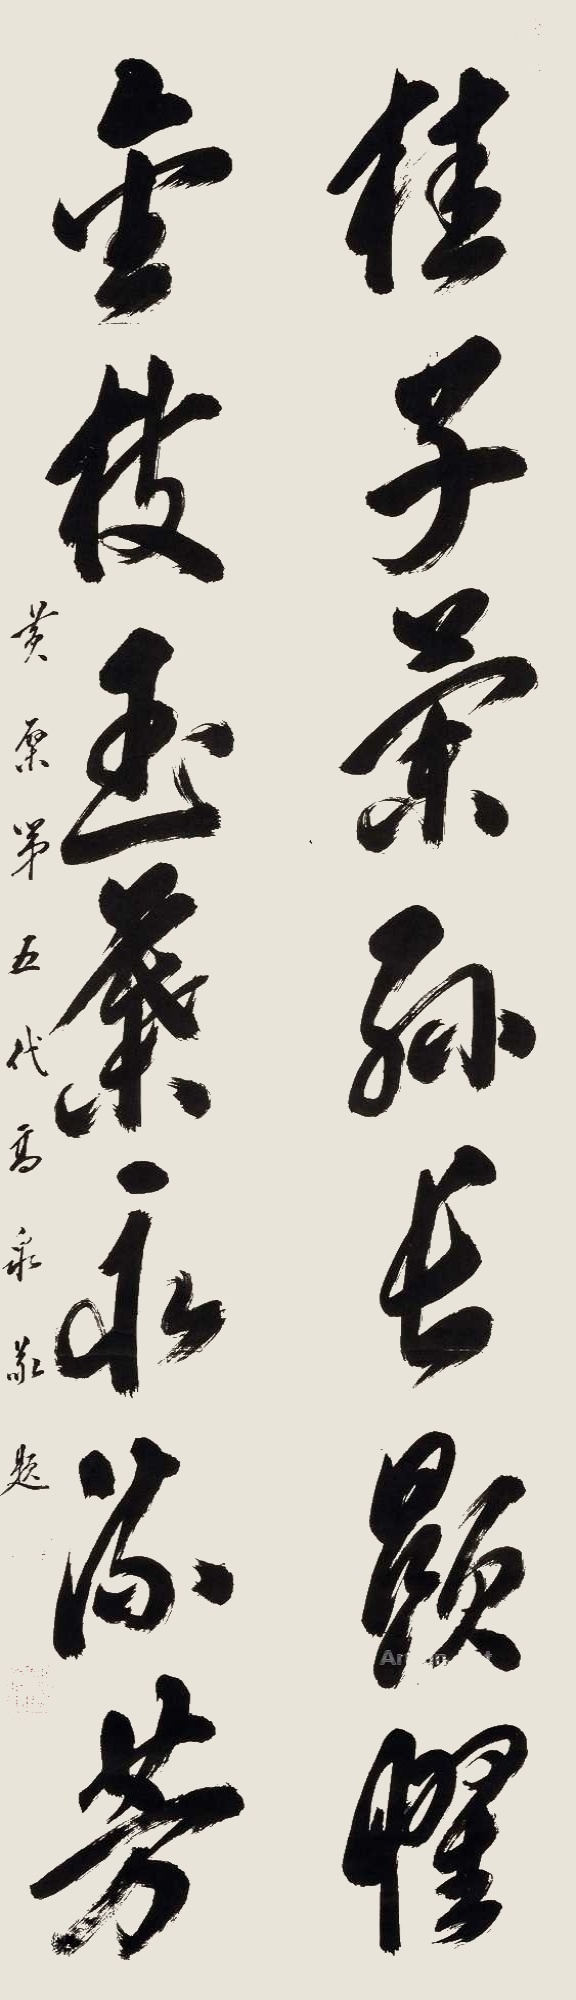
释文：桂子兰孙长显惧，金枝玉叶永流芳。黄檗第五代高泉敬题。